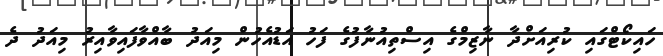
ހައިކޯޓްގައި ކުރިއަށްދާ ނާޒިމްގެ އިސްތިއުނާފުގެ ފަހު އަޑުއެހުން މިއަދު ބާއްވާފައިވާއިރު މިއަދު ދެ